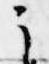
了